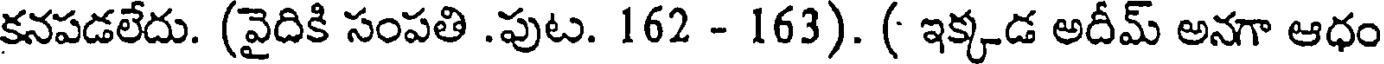
కనపడలేదు. (వైదికి సంపతి .పుట. 162 - 163). ( ఇక్కడ అదీమ్ అనగా ఆధం